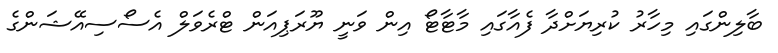
ބާލިންގައި މިހާރު ކުރިޔަށްދާ ފެއާގައި މާޓާޓޯ އިން ވަނީ ޔޫރަޕިއަން ޓްރެވަލް އެސޯސިއޭޝަންގެ